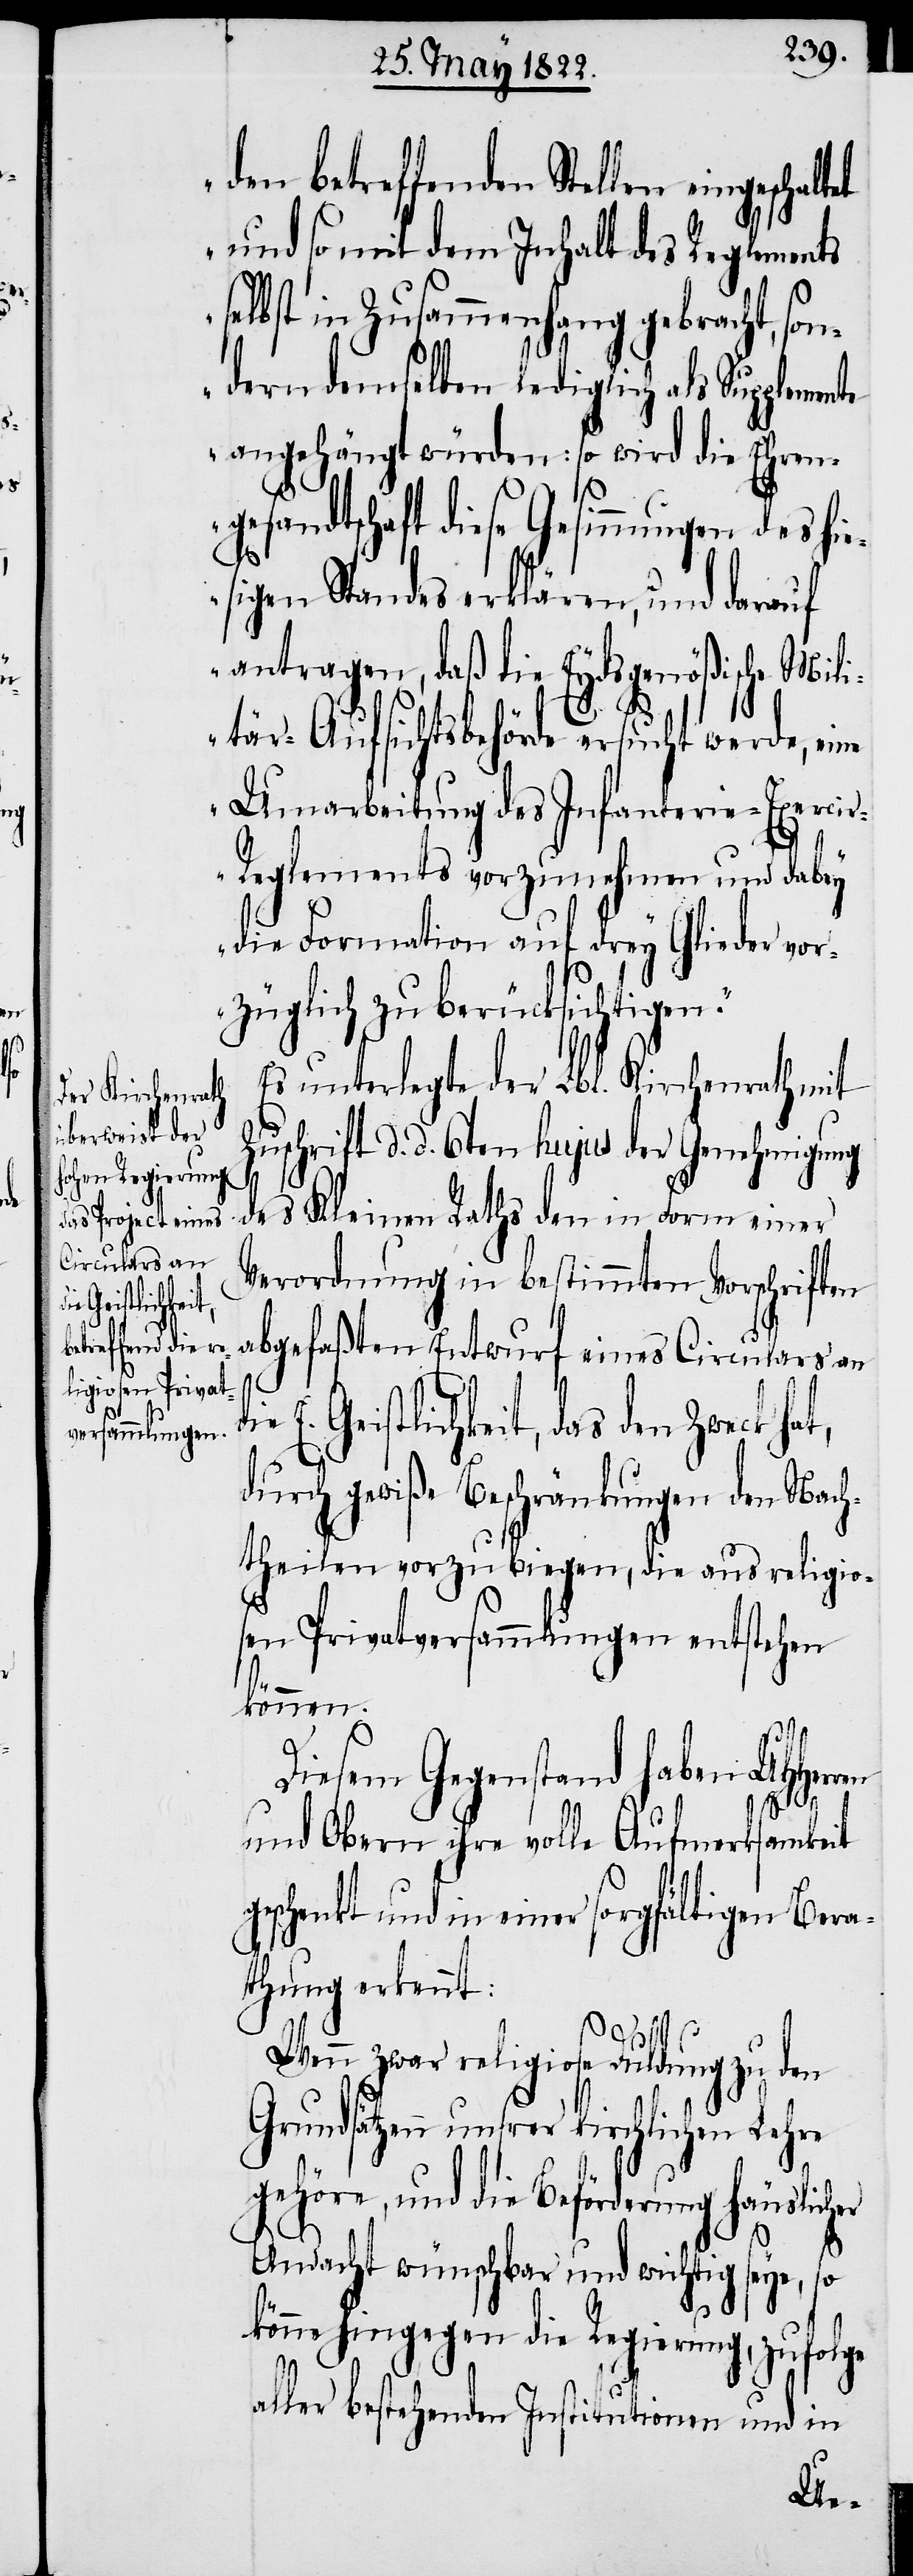
den betreffenden Stellen eingeschal¬
und so mit dem Inhalt des Reglements
selbst in Zusammenhang gebracht, son¬
dern demselben lediglich als Supplemen¬
angehängt würden: so wird die Ehren¬
gesandtschaft diese Gesinnungen des hie¬
sigen Standes erklären, und darauf
antragen, daß die Eydsgenößische Mili¬
tär-Aufsichtsbehörde ersucht werde, eine
Umarbeitung des Infanterie-Exerci¬
r-Reglements vorzunehmen und dabey
die Formalien auf drey Glieder vor¬
züglich zu berücksichtigen.“
Es unterlegte der Lbl. Kirchenrath mit
Zuschrift d. d. 6ten hujus der Genehmigung
te
des Kleinen Raths den in Form einer
Verordnung in bestimmten Vorschriften
abgefaßten Entwurf eines Circulars an
E. Geistlichkeit, das den Zweck h¬
durch gewiße Beschränkungen den Nach¬
theilen vorzubiegen, die aus religio¬
sen Privatversammlungen entstehen
können.
Diesem Gegenstand haben
und Obern ihre volle Aufmerksamkeit
geschenkt und in einer sorgfältigen Bera¬
thung erkennt:
Wenn zwar religiose Duldung zu den
Grundsätzen unsrer kirchlichen Lehre
gehöre, und die Beförderung häuslicher
at,
Andacht wünschbar und wichtig seye, so
könne hingegen die Regierung, zufolge
aller bestehenden Institutionen und in